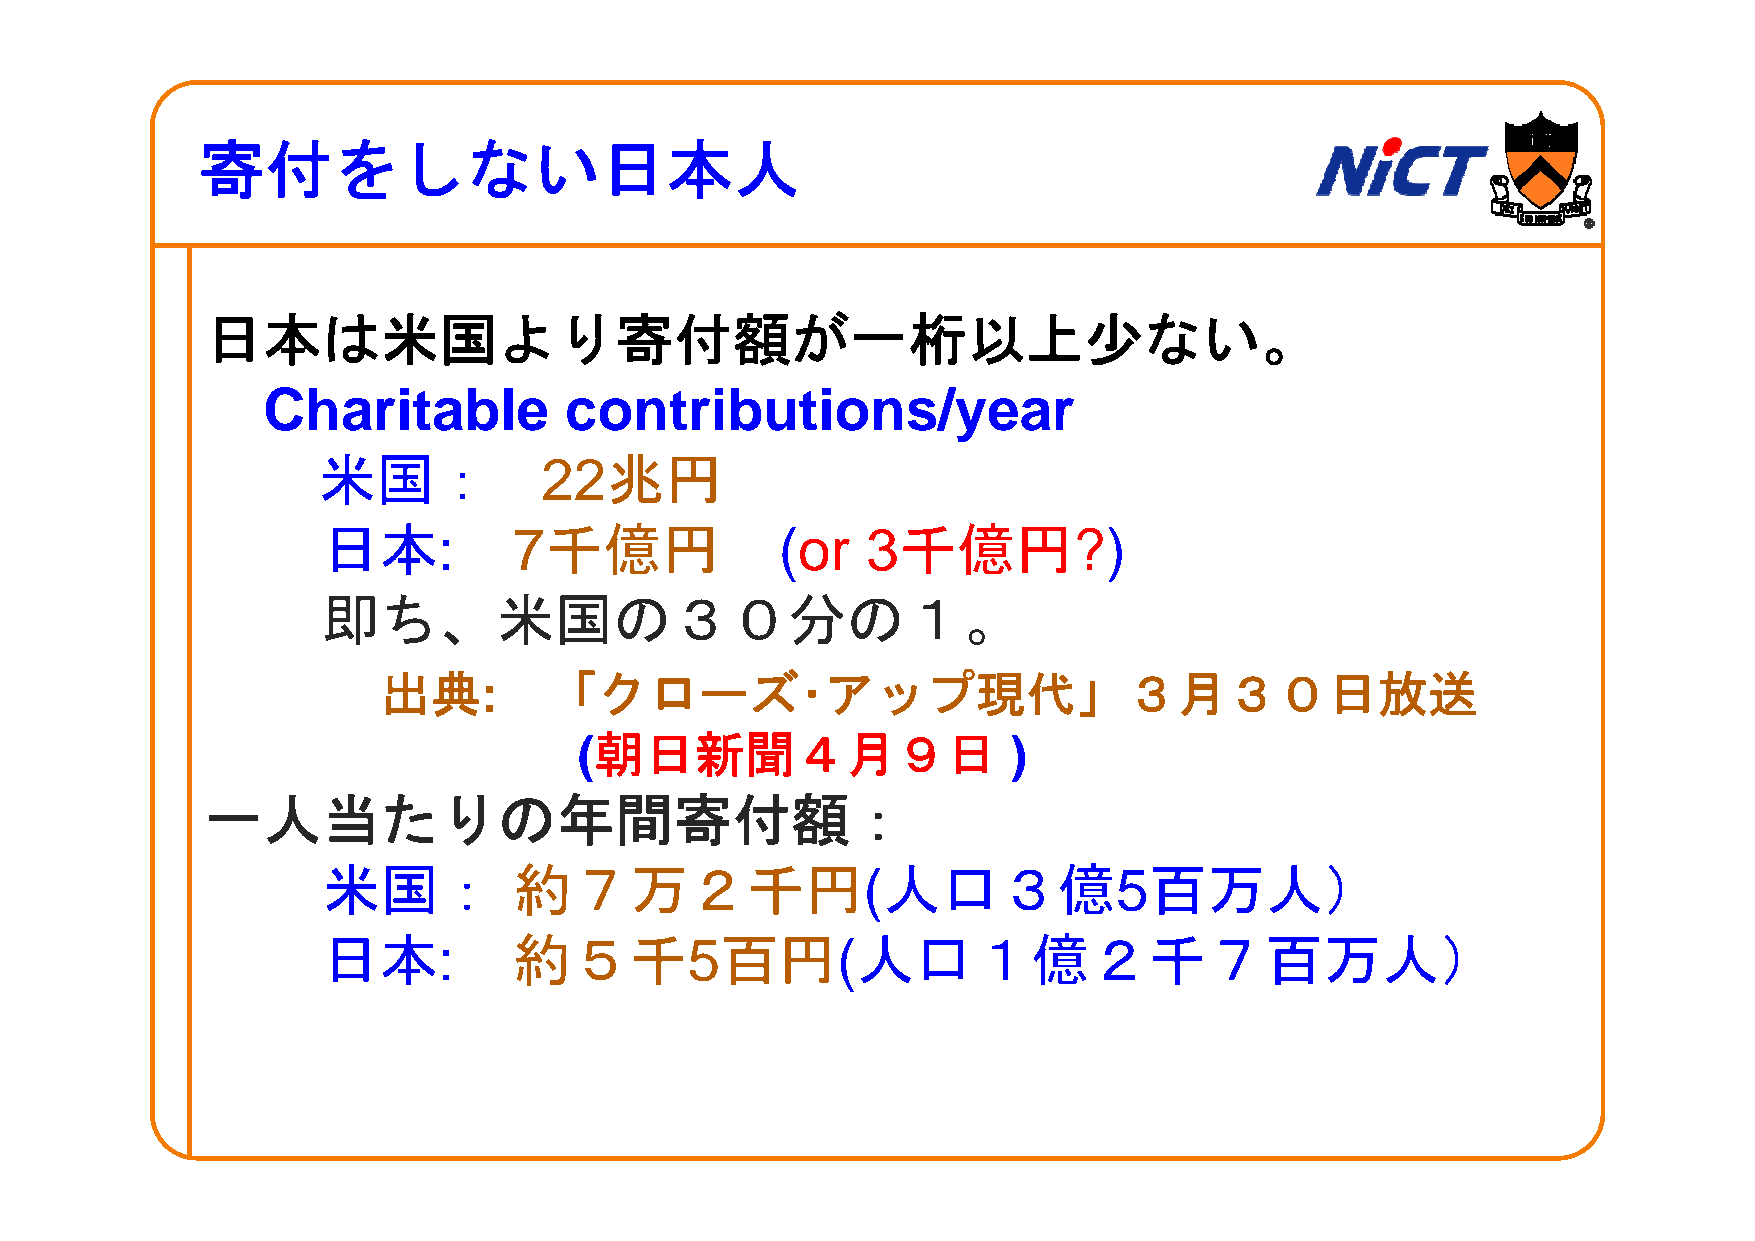
寄寄付ををしない日本本人
 日日本本はは米米国国よよりり寄寄付付額額がが一一桁桁以以上上少少なないい。
 Charitable          contributions/year
 米米国国：：         2222兆兆円円
 日本:          7千億円              (or  3千億円?)
 即即ちち、米米国国のの３３００分分のの１１。
 出典:        「クローズ･アップ現代」３月３０日放送
 ((朝朝日日新新聞聞４４月月９９日日           ))
 一人当たりの年間寄付額：
 米米国国：：       約約７７万万２２千千円円((人人口口３３億億55百百万万人人））
 日本:          約５千5百円(人口１億２千７百万人）